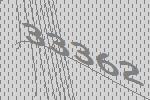
33362